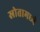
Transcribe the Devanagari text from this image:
स्रोतामध्ये